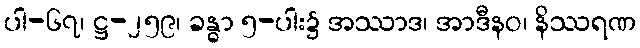
ပါ-၆၇၊ ဋ္ဌ-၂၅၉၊ ခန္ဓာ ၅-ပါး၌ အဿာဒ၊ အာဒီနဝ၊ နိဿရဏ